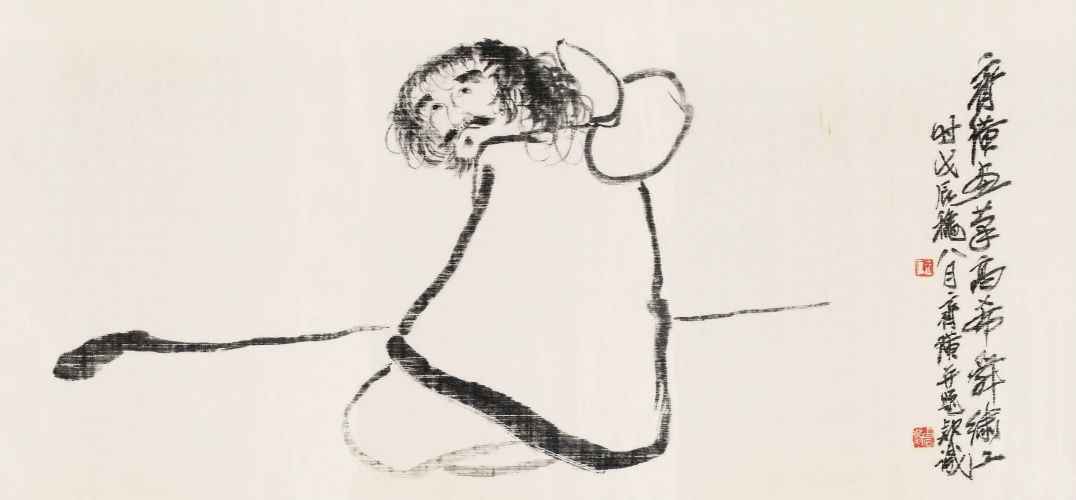
遥想独游佳味少，无方骓马但鸣嘶。